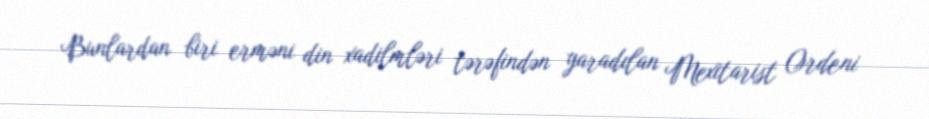
Bunlardan biri erməni din xadilmləri tərəfindən yaradılan Mexitarist Ordeni